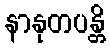
နာနုတပန္တိ